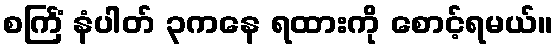
စင်္ကြံ နံပါတ် ၃ကနေ ရထားကို စောင့်ရမယ်။